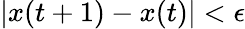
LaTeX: |x(t+1)-x(t)|<\epsilon